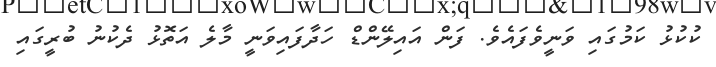
ކުކުޅު ކަމުގައި ވަނީވެފައެވެ. ފަން އައިލޭންޑް ހަދާފައިވަނީ މާލެ އަތޮޅު ދެކުނު ބުރީގައި